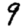
Digit: 9